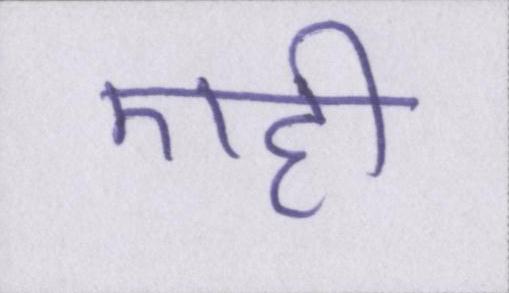
एही